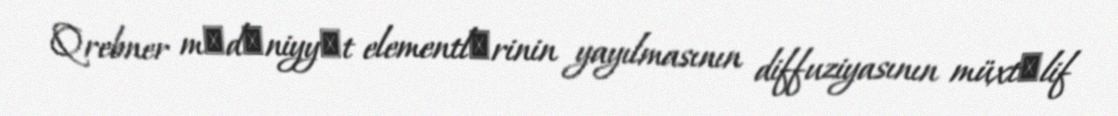
Qrebner mәdәniyyәt elementlәrinin yayılmasının diffuziyasının müxtәlif